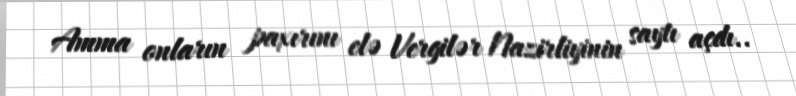
Amma onların paxırını elə Vergilər Nazirliyinin saytı açdı..